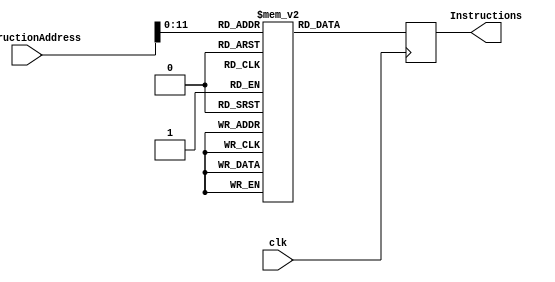
module Instructionmemory (clk, InstructionAddress, Instructions );
input [31:0] InstructionAddress;
input clk;
output reg [31:0] Instructions;
reg [31:0] Instruction_memory[4095:0];
/*
initial begin 
//add $t0,$t1,t2
Instruction_memory[0]=32'b00000001001010100100000000100000;
//add $t1,$s1,$s2
Instruction_memory[1]=32'b00000000001000100100000000100000;
//lw $8,0x60($10)
Instruction_memory[2]=32'b100011 01010 01000 0000000001100000;
////sw $t3,8($t0)
Instruction_memory[3]=32'b101011 01000 01011 0000000000001111;

//beq beq $t4, $t5, NEXT

Instruction_memory[4]=32'b000100 01100 01101 0000000000001000;

/*
Instruction_memory[0] = 32'b00000000001000000001000000100000; // loading the add instruction
Instruction_memory[1] = 32'b00000000001000100000000000100101; 
Instruction_memory[2] = 32'b00000000000000100000100000100000;
Instruction_memory[3] = 32'b00000000001000000001000000100000; 
//Instruction_memory[1] = 32'b00000010011101011000000000100111; // loading the nor instruction
//Instruction_memory[2] = 32'b00000010011101011000000000100010; // loading the sub instruction
*/
initial begin
 Instruction_memory[0] = 32'h00221820; //000000 00001 00010 00011 00000 100000 = add $a3,$a1,$a2
 Instruction_memory[1] = 32'hAC010000; //101011 00000 00001 0000000000000000 = sw $a1,0($ao)
 Instruction_memory[2] = 32'h8C240000; //100011 00001 00100 0000000000000000 = lw $a4,0($a1)
 Instruction_memory[3]= 32'h10210003; // 000100 00001 00001 0000000000000011 = beq $a1,$a1,1
 Instruction_memory[4]= 32'h00001820; //000000 00000 00000 00011 00000 100000 = add $a3,$a0,$a0
 Instruction_memory[5]= 32'h00411822; //000000 00010 00001 00011 00000 100010 = sub $a3,$a2,$a1
 Instruction_memory[6]= 32'h00001820; //000000 00000 00000 00011 00000 100000 = add $a3,$a0,$a0
 Instruction_memory[7]= 32'h00411822; //000000 00010 00001 00011 00000 100010 = sub $a3,$a2,$a1
 Instruction_memory[8]= 32'h00001820; //000000 00000 00000 00011 00000 100000 = add $a3,$a0,$a0
 Instruction_memory[9]= 32'h00411822; //000000 00010 00001 00011 00000 100010 = sub $a3,$a2,$a1
 Instruction_memory[10] = 32'h08000000;			//00001000000000000000000000000000 = j 0

//1000 0 0 0 0 0 0 0 0 0 0 0 0 0 0 0 0 0 0 0 0 0 0 0 0 0 0 0 0 
end


always @(posedge clk) begin
//always @(*) begin
// Instructions <= Instruction_memory[InstructionAddress];
#500 Instructions <= Instruction_memory[InstructionAddress];
end
endmodule